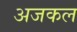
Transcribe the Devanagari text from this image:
अजकल